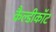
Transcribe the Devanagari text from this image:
कैल्डीकॉट